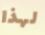
لهذا